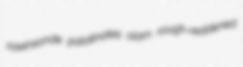
rawinsonde palatinates olam rough-reddened